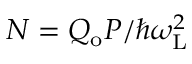
N = Q _ { \mathrm { o } } P / \hbar \omega _ { \mathrm { L } } ^ { 2 }